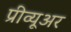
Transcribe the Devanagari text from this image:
प्रीव्यूअर